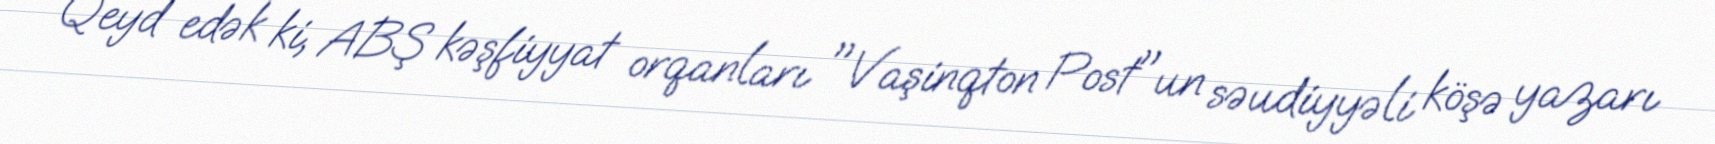
Qeyd edək ki, ABŞ kəşfiyyat orqanları "Vaşinqton Post"un səudiyyəli köşə yazarı